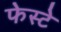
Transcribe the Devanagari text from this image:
फेस्टे